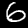
Digit: 6